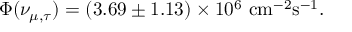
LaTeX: \Phi ( \nu _ { \mu , \tau } ) = ( 3 . 6 9 \pm 1 . 1 3 ) \times 1 0 ^ { 6 } ~ \mathrm { c m ^ { - 2 } s ^ { - 1 } } .